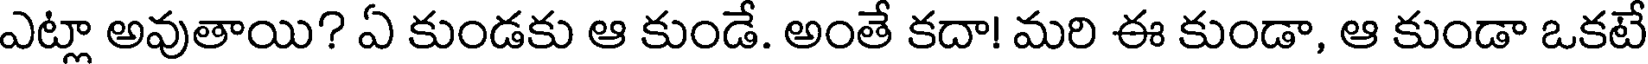
ఎట్లా అవుతాయి? ఏ కుండకు ఆ కుండే. అంతే కదా! మరి ఈ కుండా, ఆ కుండా ఒకటే